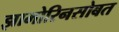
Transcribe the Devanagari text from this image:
झामोरिनसोबत